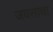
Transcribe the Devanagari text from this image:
जवसाचा